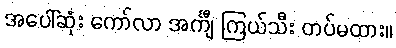
အပေါ်ဆုံး ကော်လာ အင်္ကျီ ကြယ်သီး တပ်မထား။